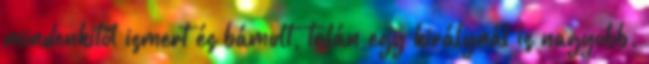
mindenkitől ismert és bámult, talán egy királynál is nagyobb.